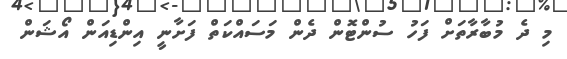
މި ދެ މުބާރާތަށް ފަހު ސުންޓޮން ދެން މަސައްކަތް ފަށާނީ އިންޑިއަން އޯޝަން